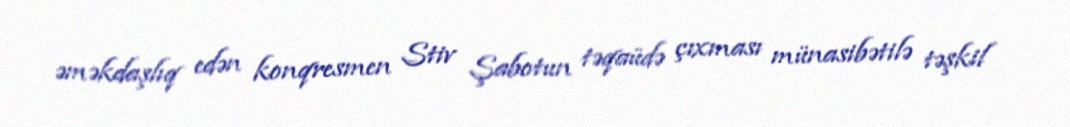
əməkdaşlıq edən konqresmen Stiv Şabotun təqaüdə çıxması münasibətilə təşkil